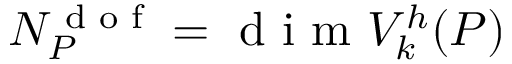
N _ { { P } } ^ { \textrm { d o f } } = \textrm { d i m } V _ { k } ^ { h } ( { P } )